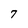
Character: 7